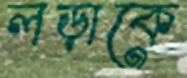
লড়াকে